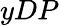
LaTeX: y{DP}